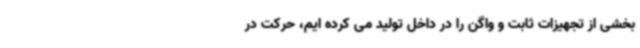
بخشی از تجهیزات ثابت و واگن را در داخل تولید می کرده ایم، حرکت در